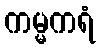
ကမ္မကရံ